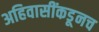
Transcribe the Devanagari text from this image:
अहिवासींकडूनच